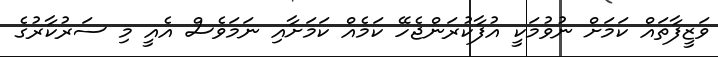
ވަޒީފާތައް ކަމަށް ނުވުމަކީ އުފާކުރަންޖެހޭ ކަމެއް ކަމަށާއި ނަމަވެސް އެއީ މި ސަރުކާރުގެ